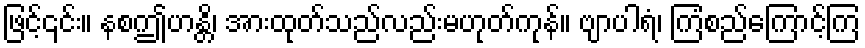
ဖြင့်၎င်း။ နစဤဟန္တိ၊ အားထုတ်သည်လည်းမဟုတ်ကုန်။ ဗျာပါရံ၊ ကြံစည်ကြောင့်ကြ